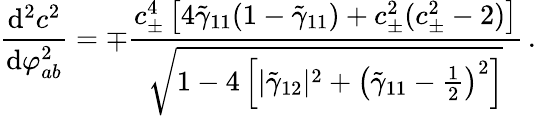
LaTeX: \frac{\mathrm{d}^{2}c^{2}}{\mathrm{d}\varphi_{ab}^{2}}=\mp\frac{c_{\pm}^{4}\left[4\tilde{\gamma}_{11}(1-\tilde{\gamma}_{11})+c_{\pm}^{2}(c_{\pm}^{2}-2)\right]}{\sqrt{1-4\left[|\tilde{\gamma}_{12}|^{2}+\left(\tilde{\gamma}_{11}-\frac{1}{2}\right)^{2}\right]}}\, .